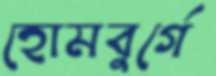
হোমবুর্গে